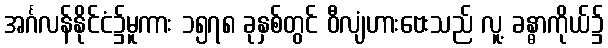
အင်္ဂလန်နိုင်ငံ၌မူကား ၁၅၇၈ ခုနှစ်တွင် ဝီလျံဟားဗေးသည် လူ့ ခန္ဓာကိုယ်၌